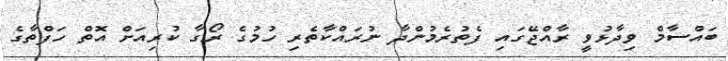
ބައްސާމް ވިދާޅުވީ ރާއްޖޭގައި ފެތުރެމުންދާ ނުރައްކާތެރި ހުމުގެ ރޯގާ ކުރިއަށް އޮތް ހަފްތާގެ